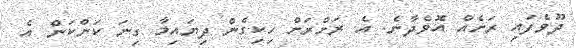
ދޫވެފައި ރަށެއް އޮވެދާނެ. އެ ރަށްރަށް ހިކިގެން ދިޔައިމާ ގިނަ ކަންކަން އެ